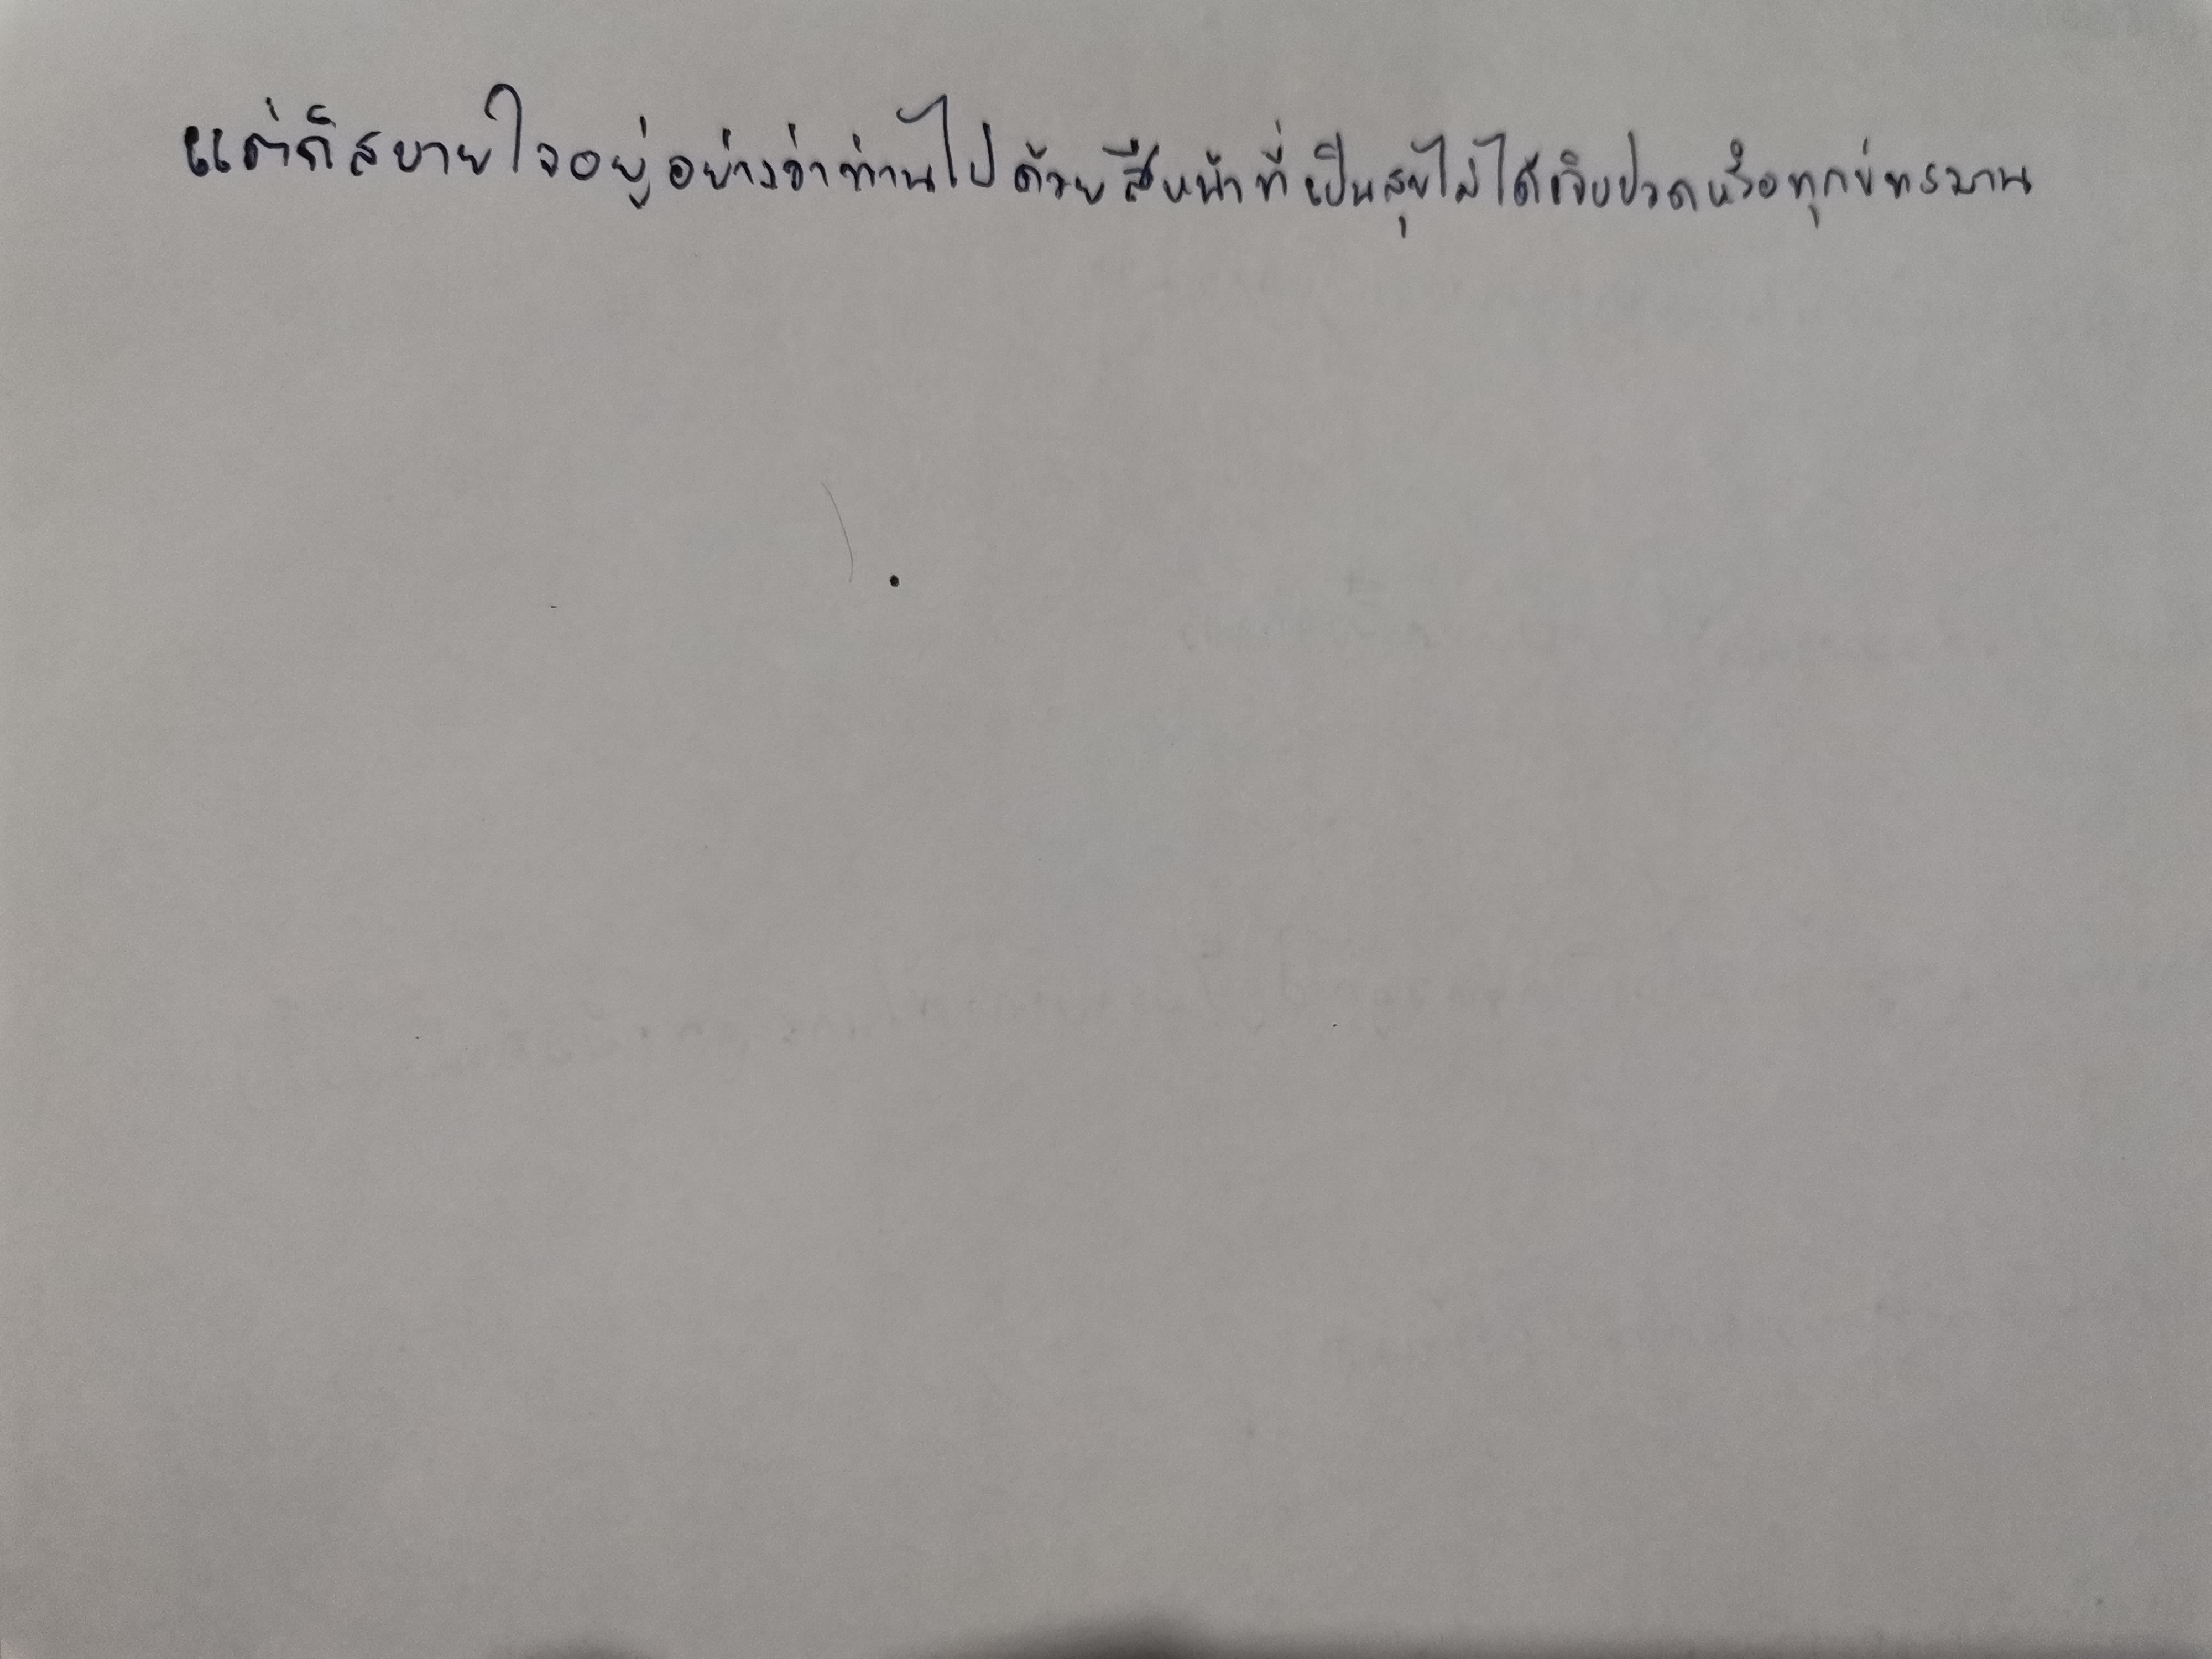
แต่ก็สบายใจอยู่อย่างว่าท่านไปด้วยสีหน้าที่เป็นสุขไม่ได้เจ็บปวดหรือทุกข์ทรมาน"